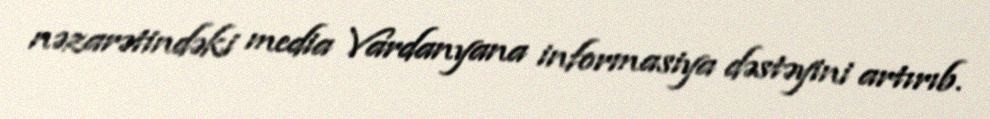
nəzarətindəki media Vardanyana informasiya dəstəyini artırıb.